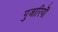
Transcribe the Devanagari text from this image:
पुजारियॊ